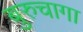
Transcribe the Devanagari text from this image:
बुरुचागा